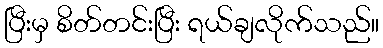
ပြီးမှ စိတ်တင်းပြီး ရယ်ချလိုက်သည်။